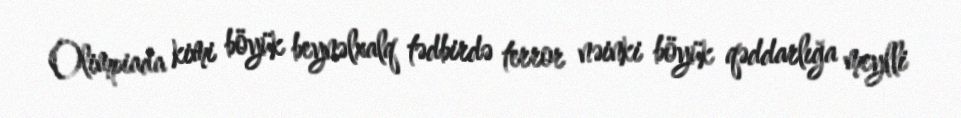
Olimpiada kimi böyük beynəlxalq tədbirdə terror nəinki böyük qəddarlığa meylli